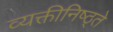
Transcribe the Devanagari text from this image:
व्यक्तीनिष्ठ्ते